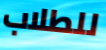
للطلاب